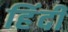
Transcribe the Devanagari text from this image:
हिंंदी